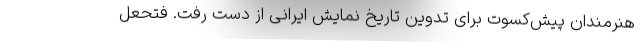
هنرمندان پیش‌کسوت برای تدوین تاریخ نمایش ایرانی از دست رفت. فتحعل